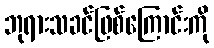
ဘုရားသခင်ဖြစ်ကြောင်းကို